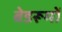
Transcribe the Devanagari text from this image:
बेडरूमों